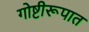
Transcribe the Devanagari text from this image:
गोष्टीरूपात